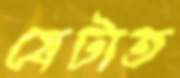
যেটাত